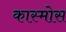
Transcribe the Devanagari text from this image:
कास्मोस